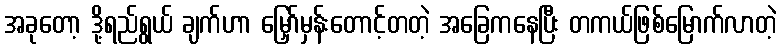
အခုတော့ ဒို့ရည်ရွယ် ချက်ဟာ မြှော်မှန်းတောင့်တတဲ့ အခြေကနေပြီး တကယ်ဖြစ်မြောက်လာတဲ့